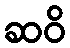
ဆဝိ